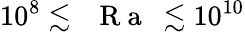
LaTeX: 10^{8}\lesssim\mathrm{~\textit~{~R~a~}~}\lesssim 10^{10}